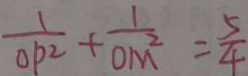
\frac { 1 } { O P ^ { 2 } } + \frac { 1 } { O M ^ { 2 } } = \frac { 5 } { 4 }